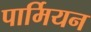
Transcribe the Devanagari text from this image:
पार्मियन